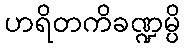
ဟရိတကိခဏ္ဍမ္ပိ